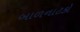
બાળનાટકો